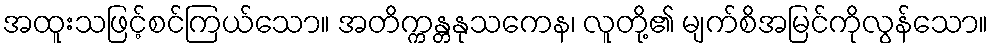
အထူးသဖြင့်စင်ကြယ်သော။ အတိက္ကန္တနုသကေန၊ လူတို့၏ မျက်စိအမြင်ကိုလွန်သော။